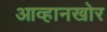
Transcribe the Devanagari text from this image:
आव्हानखोर